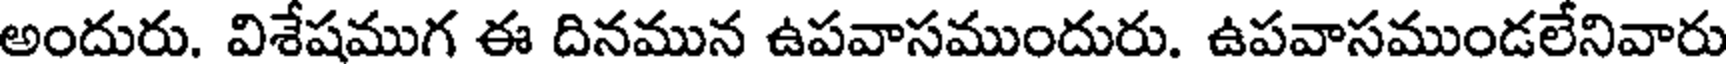
అందురు. విశేషముగ ఈ దినమున ఉపవాసముందురు. ఉపవాసముండలేనివారు